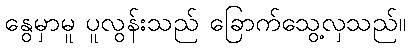
နွေမှာမူ ပူလွန်းသည် ခြောက်သွေ့လှသည်။